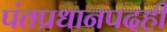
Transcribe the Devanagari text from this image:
पंतप्रधानपदही